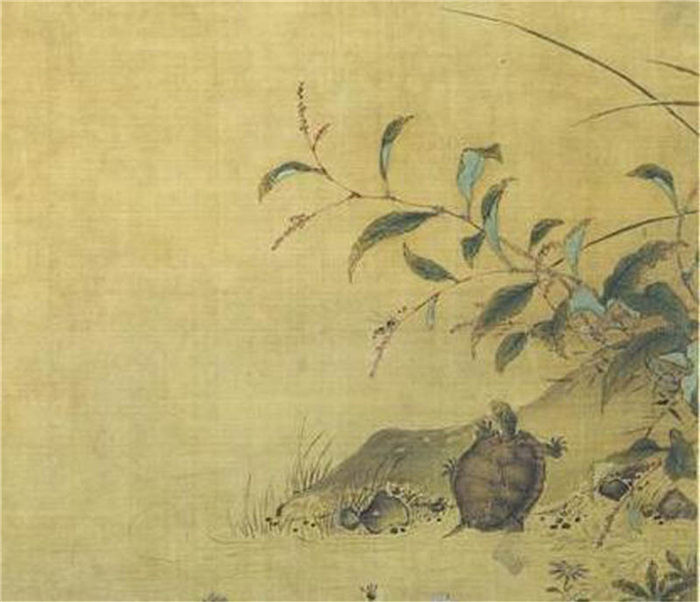
蓼岸荻花中，隐映竹篱茅舍。